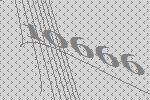
10666